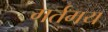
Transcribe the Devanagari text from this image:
गर्तमय